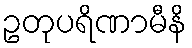
ဥတုပရိဏာမီနိ